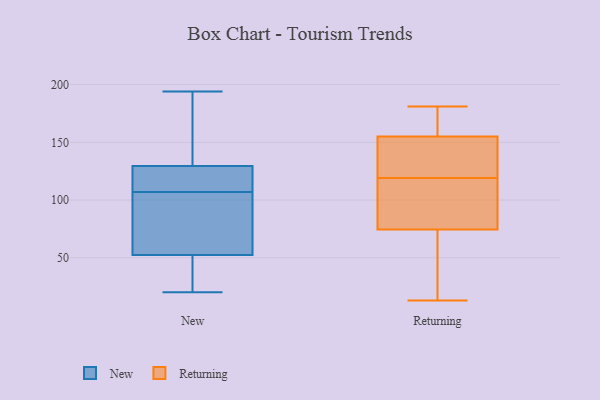
{"axis": {"x": "LTV (USD)", "y": "Value"}, "legend": ["New", "Returning"], "data": [{"x": "", "y": 77, "type": "New"}, {"x": "", "y": 49, "type": "New"}, {"x": "", "y": 164, "type": "New"}, {"x": "", "y": 122, "type": "New"}, {"x": "", "y": 110, "type": "New"}, {"x": "", "y": 89, "type": "New"}, {"x": "", "y": 116, "type": "New"}, {"x": "", "y": 137, "type": "New"}, {"x": "", "y": 20, "type": "New"}, {"x": "", "y": 161, "type": "New"}, {"x": "", "y": 32, "type": "New"}, {"x": "", "y": 194, "type": "New"}, {"x": "", "y": 132, "type": "New"}, {"x": "", "y": 62, "type": "New"}, {"x": "", "y": 107, "type": "New"}, {"x": "", "y": 47, "type": "New"}, {"x": "", "y": 115, "type": "New"}, {"x": "", "y": 107, "type": "New"}, {"x": "", "y": 36, "type": "New"}, {"x": "", "y": 159, "type": "Returning"}, {"x": "", "y": 21, "type": "Returning"}, {"x": "", "y": 122, "type": "Returning"}, {"x": "", "y": 13, "type": "Returning"}, {"x": "", "y": 51, "type": "Returning"}, {"x": "", "y": 116, "type": "Returning"}, {"x": "", "y": 152, "type": "Returning"}, {"x": "", "y": 181, "type": "Returning"}, {"x": "", "y": 105, "type": "Returning"}, {"x": "", "y": 125, "type": "Returning"}, {"x": "", "y": 75, "type": "Returning"}, {"x": "", "y": 156, "type": "Returning"}, {"x": "", "y": 113, "type": "Returning"}, {"x": "", "y": 154, "type": "Returning"}, {"x": "", "y": 74, "type": "Returning"}, {"x": "", "y": 179, "type": "Returning"}]}